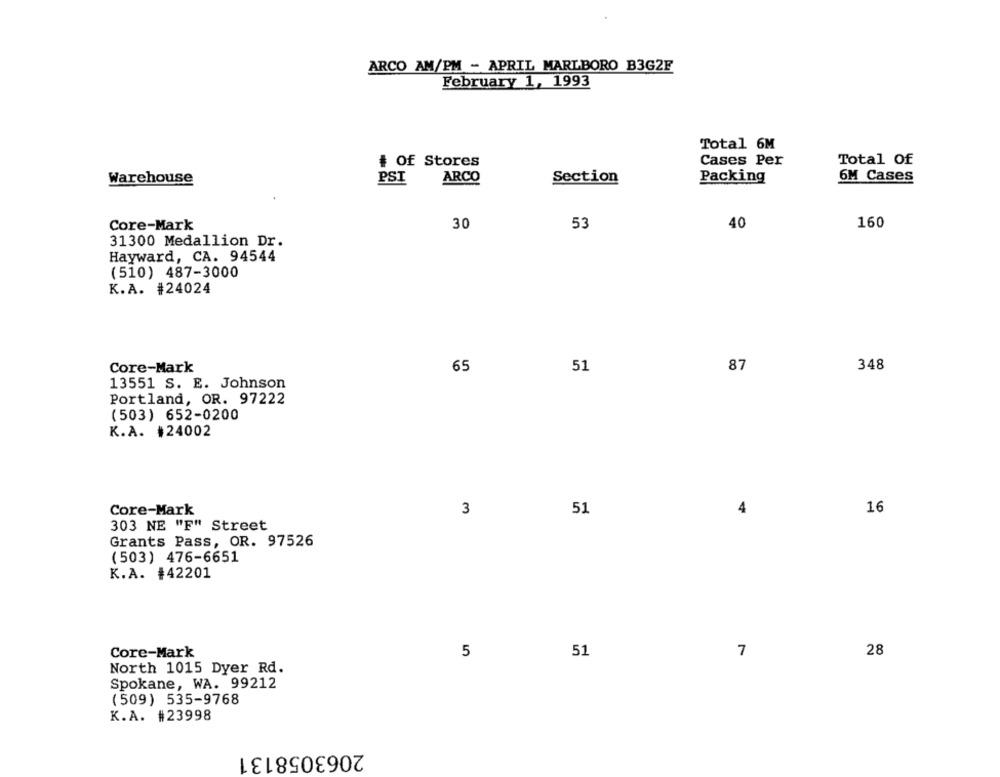
ARCO AM/PM - APRIL MARLBORO B3G2F
February 1, 1993
Total 6M
# Of Stores
Cases Per
Total Of
Warehouse
ARCO
Section
Packing
6M Cases
PSI
30
53
40
160
Core-Mark
31300 Medallion Dr.
Hayward, CA. 94544
(510) 487-3000
K.A. #24024
Core-Mark
65
51
87
348
13551 S. E. Johnson
Portland, OR. 97222
(503) 652-0200
K.A. #24002
Core-Mark
3
51
4
16
303 NE "F" Street
Grants Pass, OR. 97526
(503) 476-6651
K.A. #42201
Core-Mark
5
51
7
28
North 1015 Dyer Rd.
Spokane, WA. 99212
(509) 535-9768
K.A. #23998
2063058131